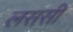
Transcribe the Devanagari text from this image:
लससी